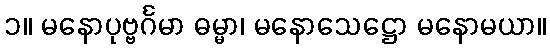
၁။ မနောပုဗ္ဗင်္ဂမာ ဓမ္မာ၊ မနောသေဋ္ဌော မနောမယာ။